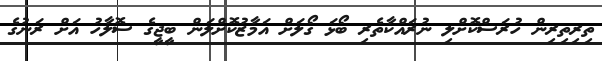
ތިރިތިރިން ހުރަސްކޮށްލި ނުރައްކާތެރި ބޯޅަ ގޯލަށް އަމާޒުކޮށްލަން ބީޖީގެ ސޮލާހު އަށް ރަނުގެ